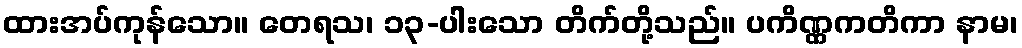
ထားအပ်ကုန်သော။ တေရသ၊ ၁၃-ပါးသော တိက်တို့သည်။ ပကိဏ္ဏကတိကာ နာမ၊